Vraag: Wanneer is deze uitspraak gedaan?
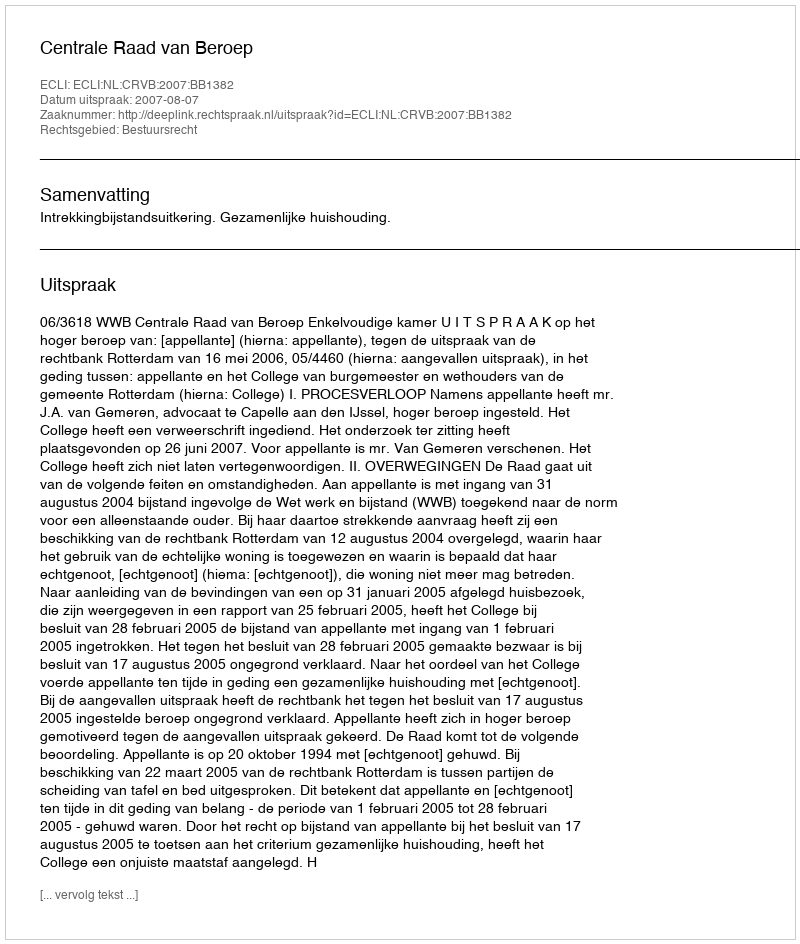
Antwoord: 2007-08-07